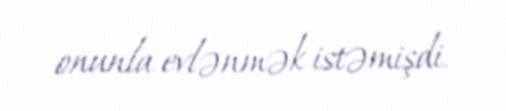
onunla evlənmək istəmişdi.